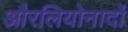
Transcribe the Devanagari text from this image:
औरलियोनार्दो